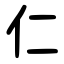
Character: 仁